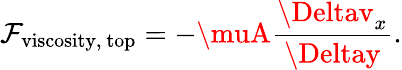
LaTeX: \mathcal{F}_{\mathrm{{viscosity,~top}}}=-\muA{\frac{{\Deltav_{x}}}{{\Deltay}}}.